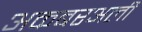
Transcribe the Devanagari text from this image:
अकबरअली